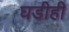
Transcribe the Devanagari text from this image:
घडीही